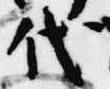
代